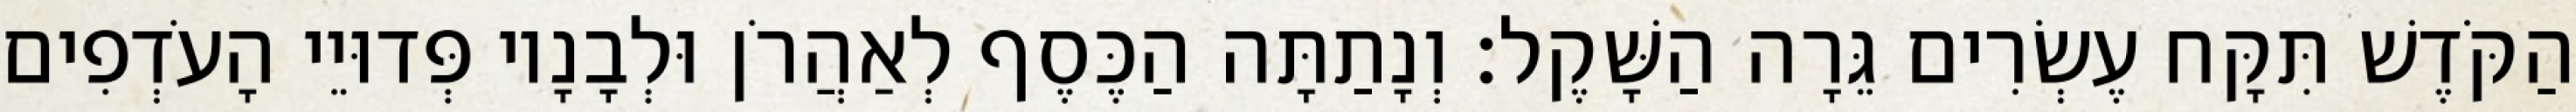
הַקֹּדֶשׁ תִּקָּח עֶשְׂרִים גֵּרָה הַשָּׁקֶל׃ וְנָתַתָּה הַכֶּסֶף לְאַהֲרֹן וּלְבָנָיו פְּדוּיֵי הָעֹדְפִים